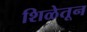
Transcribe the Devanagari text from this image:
शिळेतून